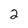
Character: 2